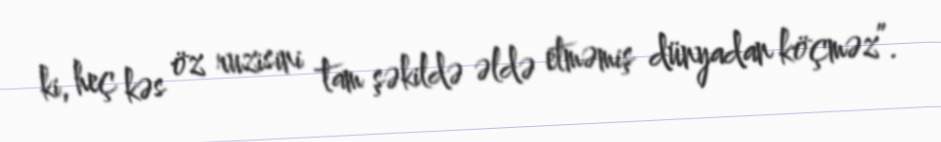
ki, heç kəs öz ruzisini tam şəkildə əldə etməmiş dünyadan köçməz”.